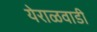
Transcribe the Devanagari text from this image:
येराळवाडी